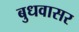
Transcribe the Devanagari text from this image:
बुधवासर